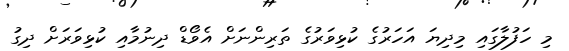
މި ހަފުލާގައި މިދިޔަ އަހަރުގެ ކުޅިވަރުގެ ތަރިންނަށް އެވޯޑް ދިނުމާއި ކުޅިވަރަށް ދިގު